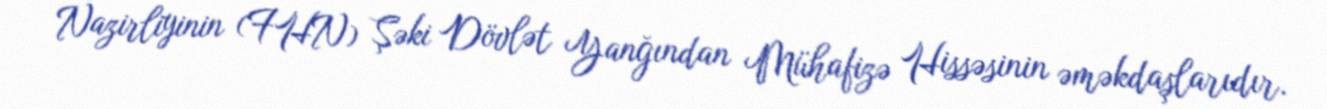
Nazirliyinin (FHN) Şəki Dövlət Yanğından Mühafizə Hissəsinin əməkdaşlarıdır.